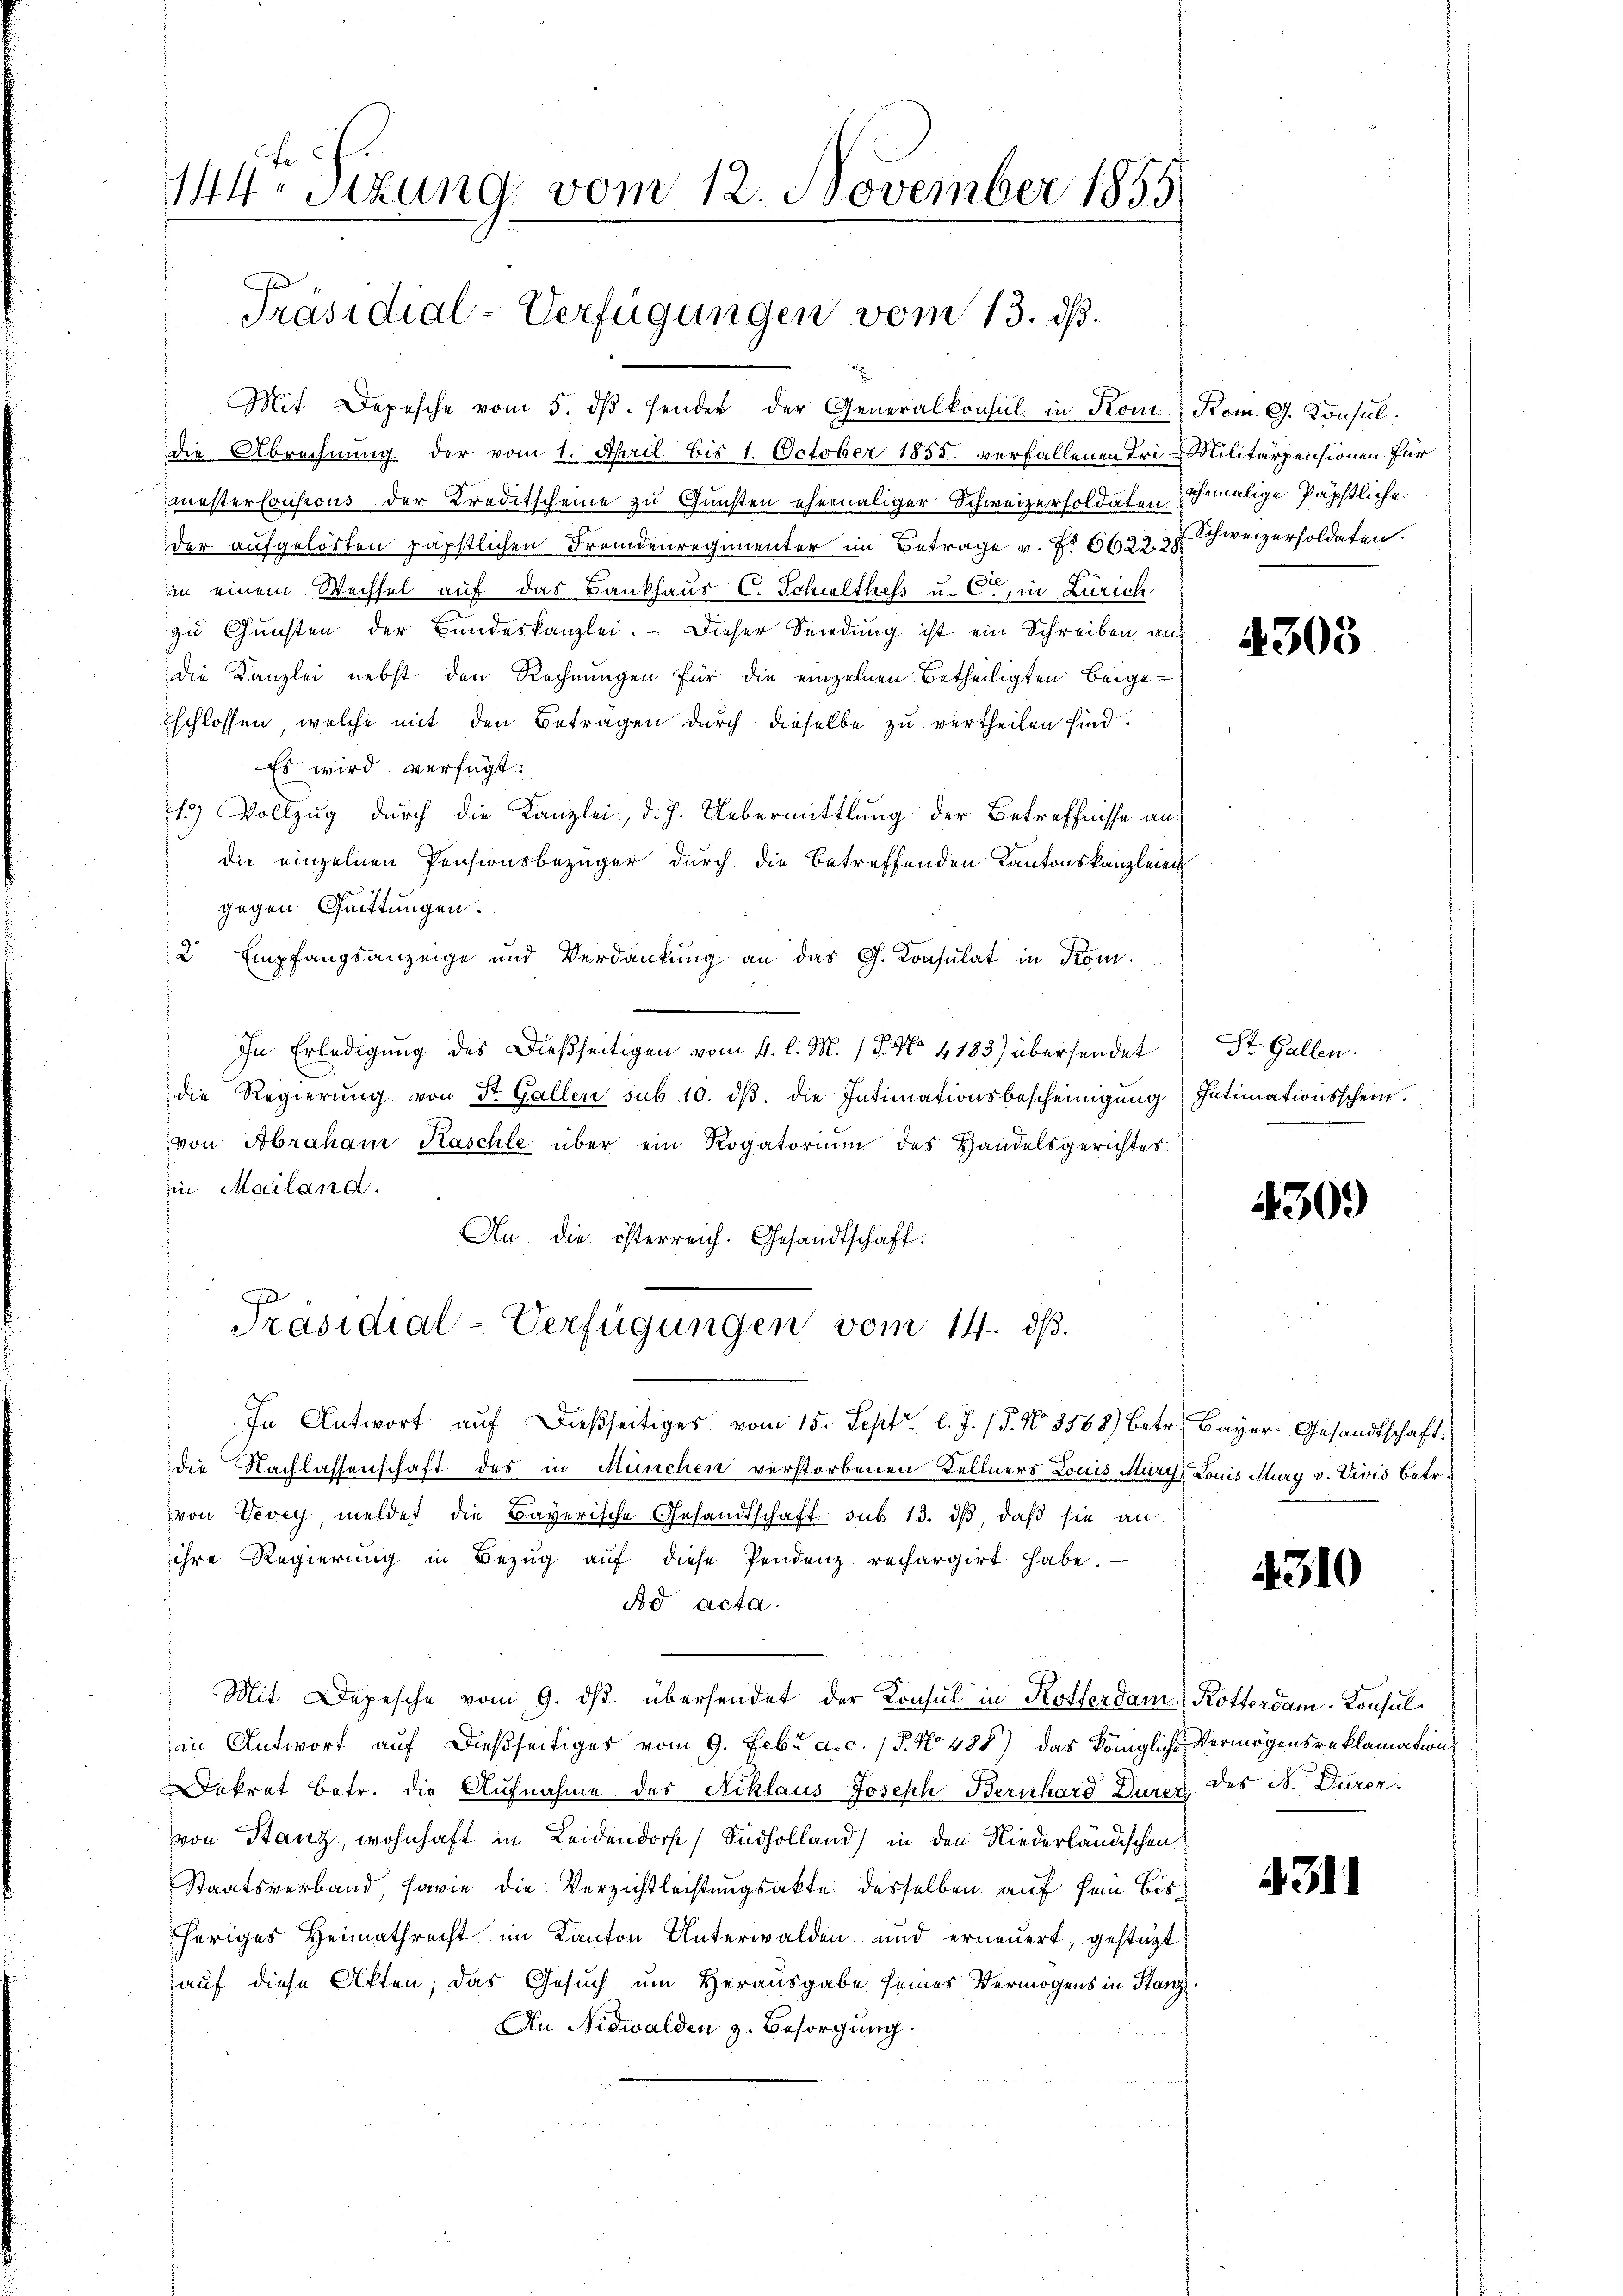
144. Sitzung vom 12. November 1855

Präsidial-Verfügungen vom 13. dß.

Mit Depesche vom 5. dβ. sender der Generalkonsul in Kom, Rom. G. Konsuldie Abrechnung der vom 1. April bis 1. October 1855. verfallenen Tri-Militärpensionen für
mesterlousions der Kreditscheine zu Gunsten ehemaliger Schweizersoldaten ehemalige Päpstliche
der aufgelösten päpstlichen Fremdenregimenter im Betrage v. Fr. 6623. 38 schweizersoldaten.
in einem Wechsel auf das Bankhaus C. Schulthess u. C., in Zürich
zu Gunsten der Bundeskanzlei. - Dieser Sendung ist ein Schreiben auf
die Kanzlei nebst den Rechnungen für die einzelnen Betheiligten beige-
schlossen, welche mit den Betragen durch dieselbe zu vertheilen sind.
Es wird verfügt:
1.) Vollzug durch die Kanzlei, d. J. Uebermittlung der Betreffnisse aus
die einzelnen Pensionsbezüger durch die Betreffenden Kantonskanzleien
1
gegen Quittungen.
2 Empfangsanzeige und Verdankŭng an das G. Konsulat in Kom¬
In Erledigung des Dießseitigen vom 4. l. M. 18. No 4183) übersendet
die Regierŭng von St. Gallen sub 10. dβ die Intimationsbescheinigung
von Abraham Kaschle über ein Rogatoriŭm des Handelsgerichtes
in Mailand.
An die österreich. Gesandtschaft:

Präsidial-Verfügungen vom 14. dß.

In Antwort aŭf dießseitiges vom 15. Sept. l. J. (§. 10 3568) Betr. Bayer Gesandtschaft.
die Nachlassenschaft des in München verstorbenen Kellners Louis Mury Louis Mury v. Vivis betr.
von Vevey, meldet die Bayerische Gesandtschaft sub 13. dβ, daß sie an
ihre Regierŭng in Bezŭg aŭf diese Pendenz rechargirt habe.
Ad acta.
Mit Depesche vom 9. ds. übersendet der Konsul in Kosterdam Rotterdam-Konsulin Antwort auf dießseitiges vom 9. Febr. a. c. 1 P. No 488) das Königliche Vermögensreklamations
Dekret betr. die Aufnahme des Niklaus Joseph Bernhard Durez. des N. Dürervon Stanz, wohnhaft in Leidendorf (Sudholland in den Niederländischen
Staatsverband, sowie die Verzichtleistungsakte desselben auf sein bis
heriges Heimathrecht im Kanton Unterwalden und erneŭert, gestatt
auf diese Akten, das Gesuch um Herausgabe seines Vermögens in Stanz
An Nidwalden z. Besorgung.

4305

St. Gallen.
Intimationsschein.

4309

4310

4311